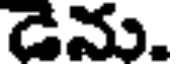
డేను.